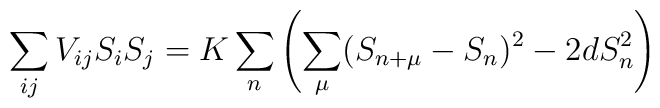
\sum_{i j} V_{i j} S_i S_j = K \sum_n \left ( \sum_{\mu} (S_{n+\mu}-S_n )^2 - 2 d S_n^2 \right )